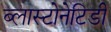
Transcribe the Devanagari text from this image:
ब्लास्टोनेटिडी